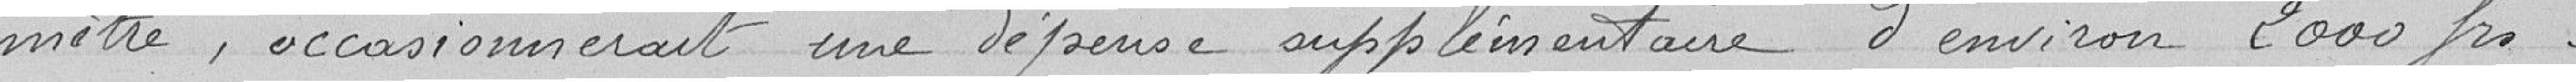
mètres, occasionnerait une dépense supplémentaire d'environ 2000 francs.